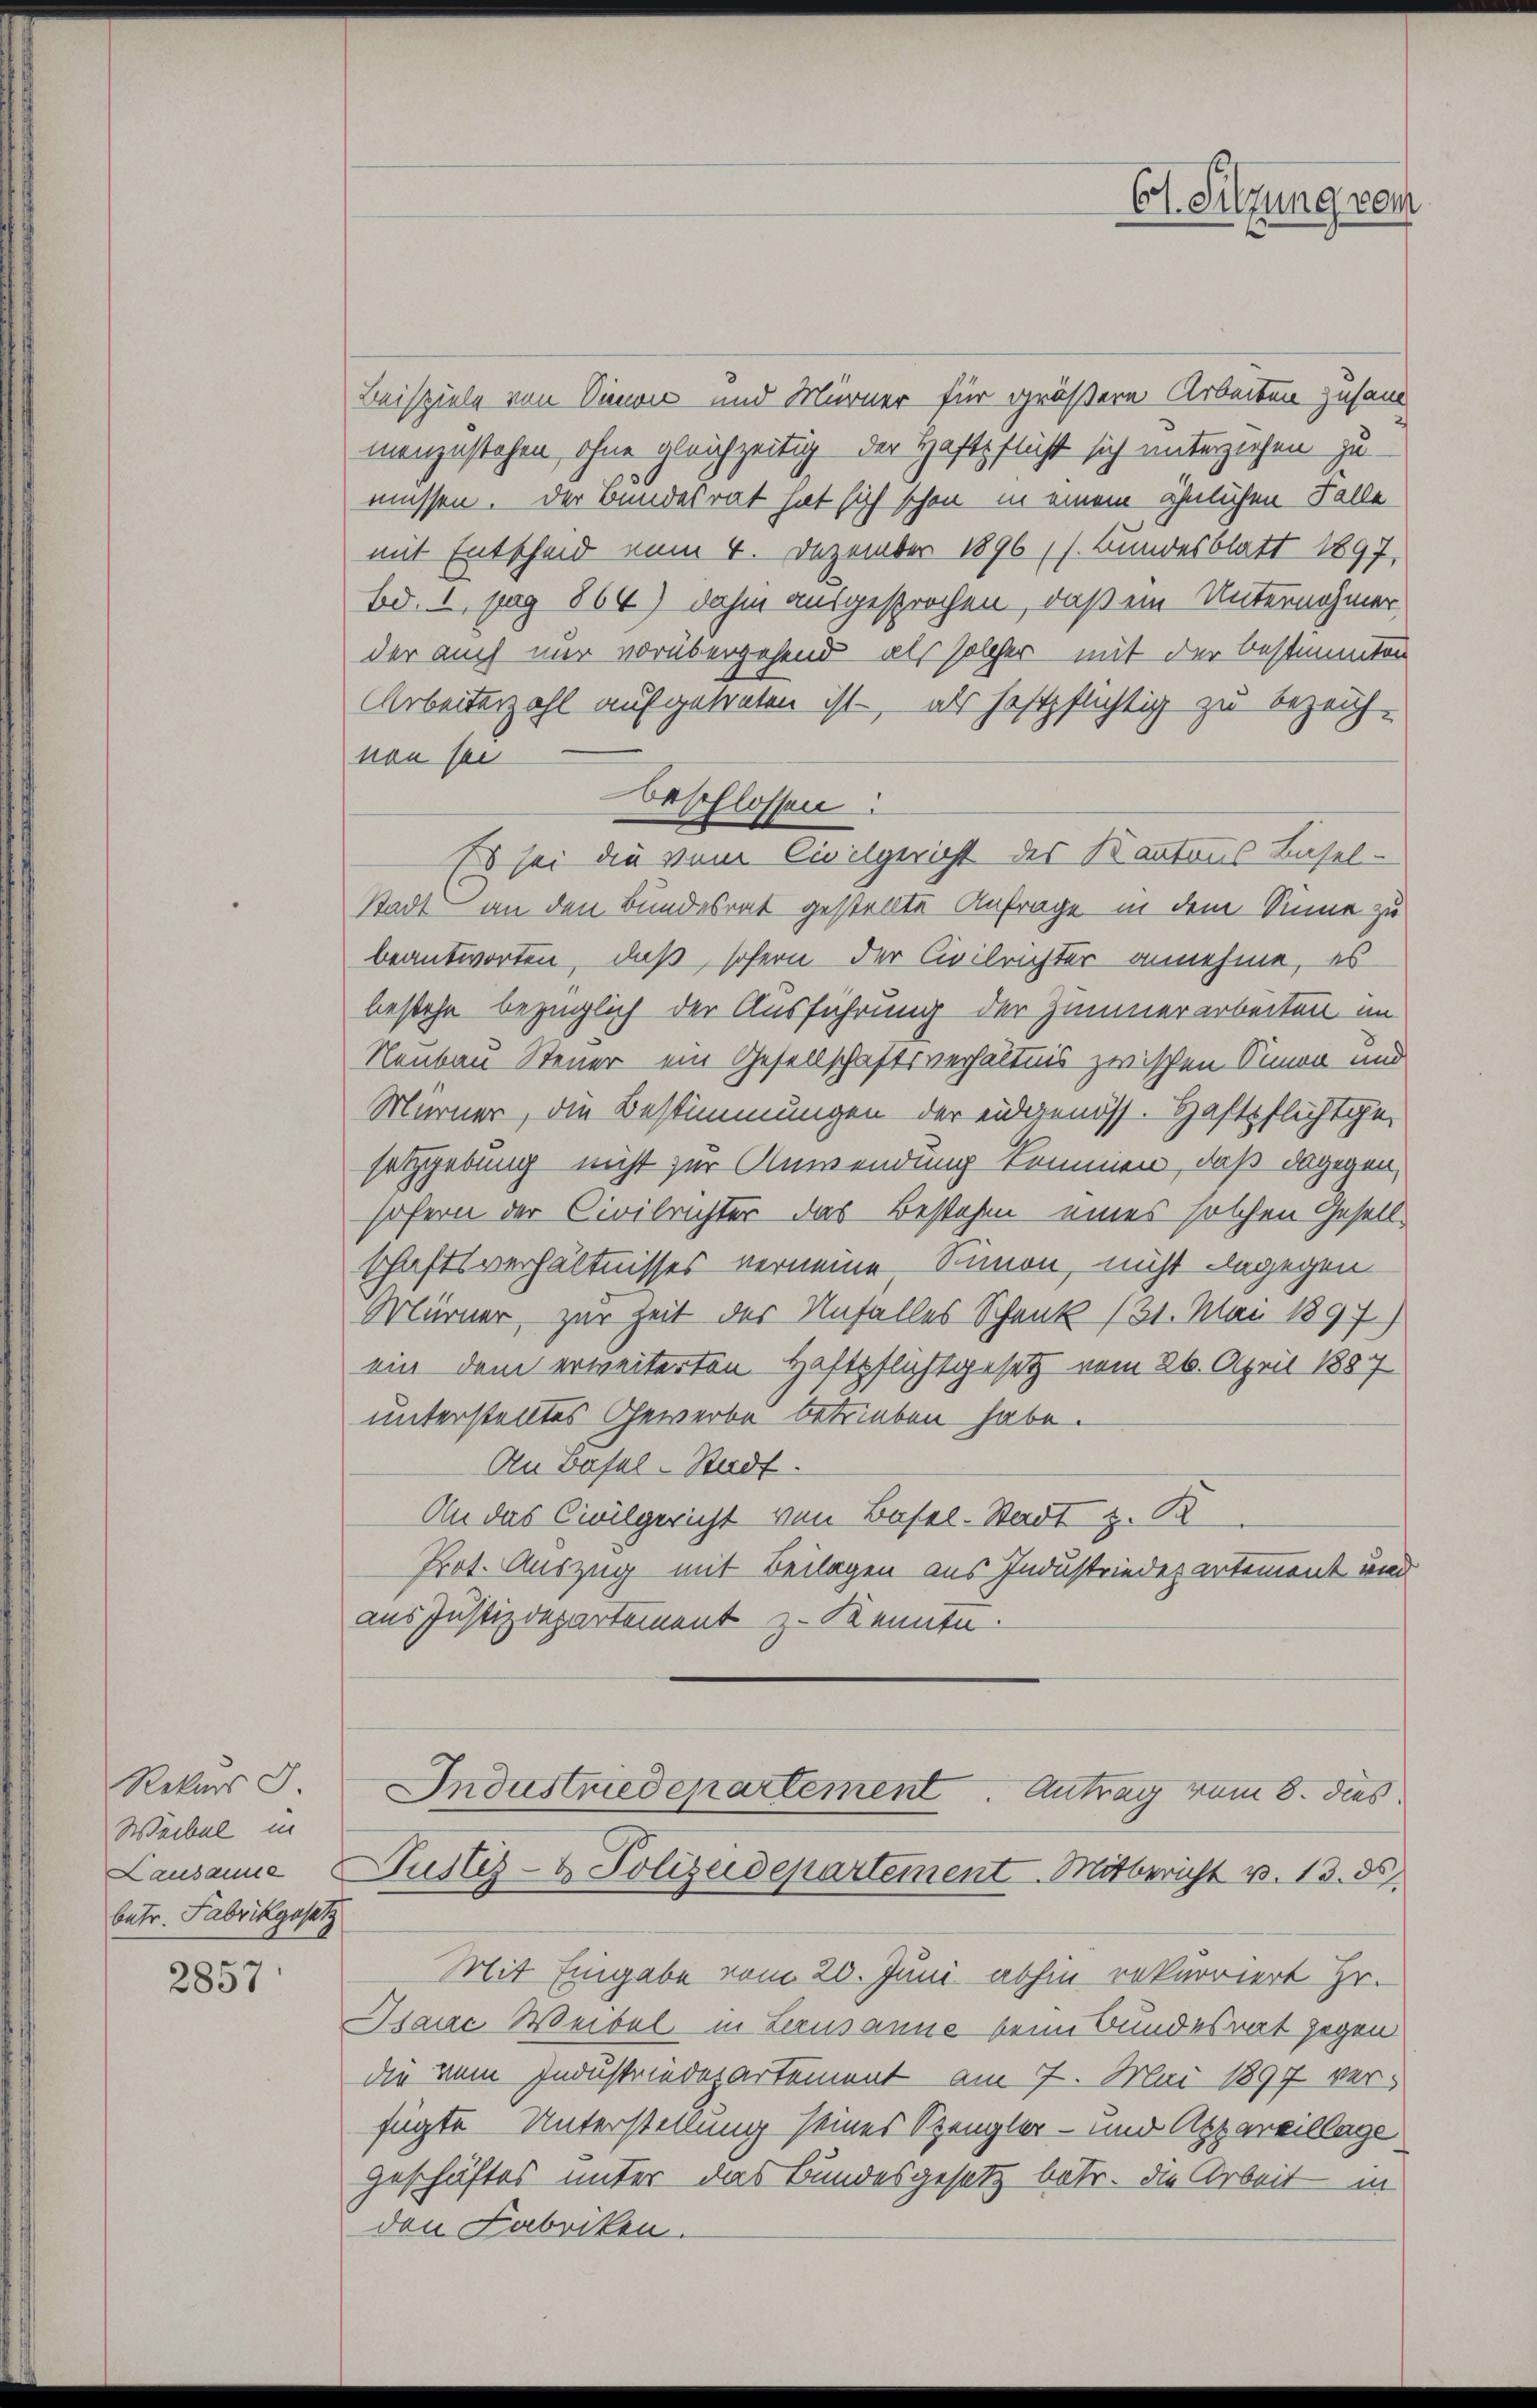
Rekurs d
Weibel in
Lausanne
betr. Fabrikgesetz

2857

Beispiele von Simon und Mürner für größere Arbeiten zusam
menzustehen, ohne gleichzeitig, der Haftpflicht sich unterziehen zu
müssen. Der Bundesrat hat sich schon in einem ähnlichen Falle
mit Entscheid vom 4. Dezember 1896 (s. Bundesblatt 1897,
bd. 1, pag 864) dahin ausgesprochen, daß im Unternehmer
der auch nur vorübergehend als solcher mit der bestimmten
Arbeiterzahl aufgetreten ist - als haftpflichtig zu bezeich-
non sei
Es sei die vom Civilgericht des Kantons Lisel-
Stadt an den Bundesrat gestellte Anfrage in dem Sinne zu
beantworten, daß, sofern der Civilrichter annehme, es
bestehe bezüglich der Ausführung der Zimmerarbeiten im
Neubau Steuer ein Gesellschaftsverhältnis zwischen Simon und
Mürner, die Bestimmungen der eidgenöss. Haftpflichtge
setzgebung nicht zur Anwendung kommen, daß dagegen,
sofern der Civilrichter das Bestehen eines solchen Gesell-
schaftsverhältnisses verneine Simon, nicht dagegen
Mürner, zur Zeit der Unfalles Schank (31. Mai 1897)
ein dem erweiterten Haftpflichtgesetz vom 26. April 1887
unterstelltes Gewerbe betrieben habe.
An Basel-Stadt.
An das Civilgericht von Basel-Stadt z. B.
Prot. Auszug mit Beilagen aus Industrieder artement und
aus Justizdepartement z. Kennte.

Mit Eingabe vom 20. Juni abhin rekurriert Hr.
Diauc Weibel in Lerusanne beim Bundesrat gegen
die vom Industriedepartement am 7. Mai 1897 verfügte Unterstellung seines Spengler- und Appareillage
Geschäftes unter das Bundesgesetz betr. die Arbeit in
den Fabriken.

beschlossen:

Ct. Sitzung vom

Industriedepartement Antrag vom 8. dies
Tustiz- & Polizeidepartement. Mitbericht v. 13. ds